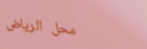
محل الرياض